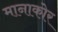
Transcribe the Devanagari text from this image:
मानाकोर